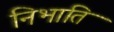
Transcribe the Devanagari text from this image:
निभाति